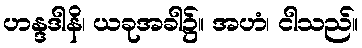
ဟန္ဒဒါနိ၊ ယခုအခါ၌။ အဟံ၊ ငါသည်။